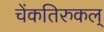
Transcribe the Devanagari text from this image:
चेंकतिरुकल्